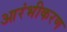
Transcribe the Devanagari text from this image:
आरंभीकरण